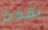
بقدم